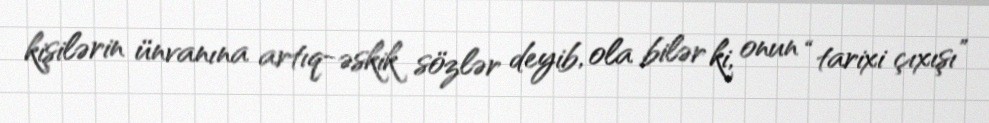
kişilərin ünvanına artıq-əskik sözlər deyib, ola bilər ki, onun “tarixi çıxışı”